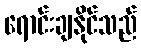
ရောင်းချနိုင်သည်